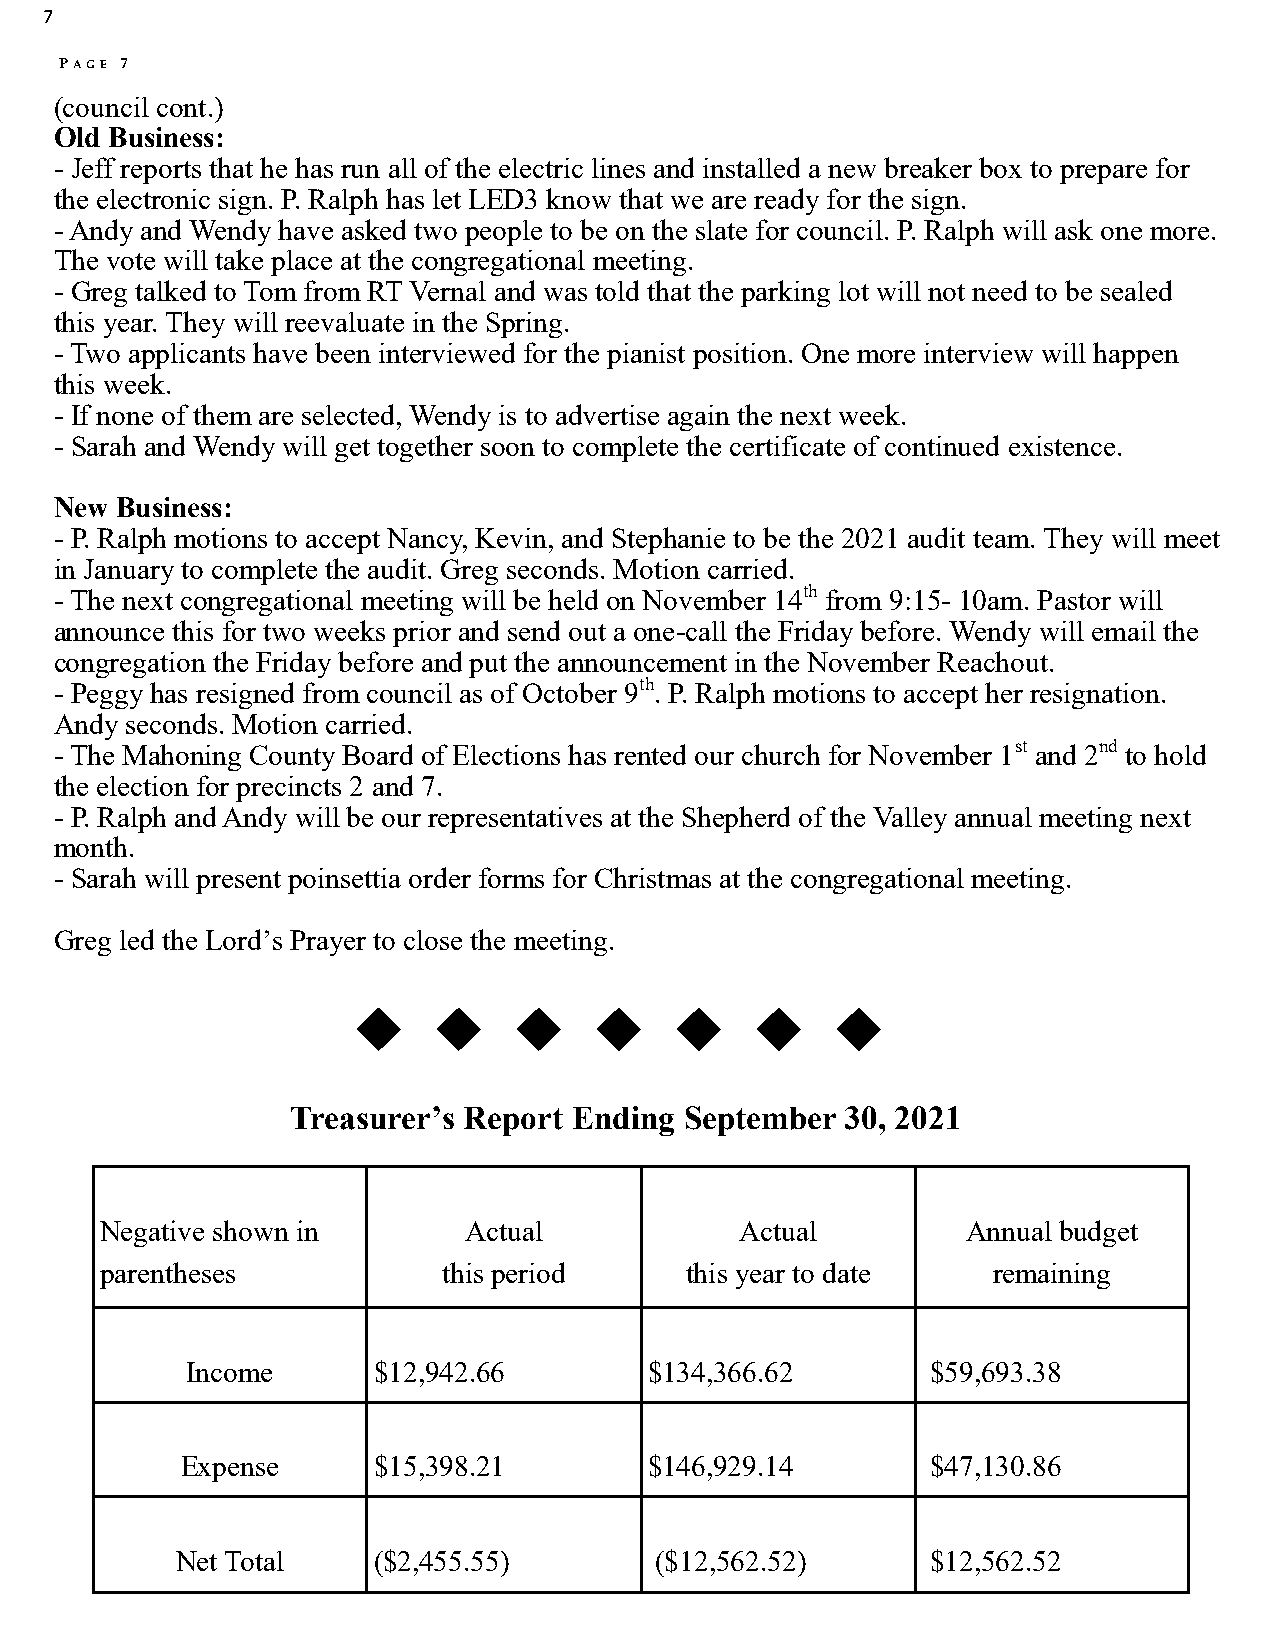
7
 PAGE 7
 (council cont.)
 Old Business:
 - Jeff reports that he has run all of the electric lines and installed a new breaker box to prepare for
 the electronic sign. P. Ralph has let LED3 know that we are ready for the sign.
 - Andy and Wendy have asked two people to be on the slate for council. P. Ralph will ask one more.
 The vote will take place at the congregational meeting.
 - Greg talked to Tom from RT Vernal and was told that the parking lot will not need to be sealed
 this year. They will reevaluate in the Spring.
 - Two applicants have been interviewed for the pianist position. One more interview will happen
 this week.
 - If none of them are selected, Wendy is to advertise again the next week.
 - Sarah and Wendy will get together soon to complete the certificate of continued existence.
 New Business:
 - P. Ralph motions to accept Nancy, Kevin, and Stephanie to be the 2021 audit team. They will meet
 in January to complete the audit. Greg seconds. Motion carried.
 - The next congregational meeting will be held on November 14th from 9:15- 10am. Pastor will
 announce this for two weeks prior and send out a one-call the Friday before. Wendy will email the
 congregation the Friday before and put the announcement in the November Reachout.
 - Peggy has resigned from council as of October 9th. P. Ralph motions to accept her resignation.
 Andy seconds. Motion carried.
 - The Mahoning County Board of Elections has rented our church for November 1st and 2nd to hold
 the election for precincts 2 and 7.
 - P. Ralph and Andy will be our representatives at the Shepherd of the Valley annual meeting next
 month.
 - Sarah will present poinsettia order forms for Christmas at the congregational meeting.
 Greg led the Lord’s Prayer to close the meeting.
 Treasurer’s Report Ending September  30, 2021
 Negative shown in       Actual            Actual         Annual budget
 parentheses           this period     this year to date    remaining
 Income       $12,942.66        $134,366.62        $59,693.38
 Expense      $15,398.21        $146,929.14        $47,130.86
 Net Total    ($2,455.55)       ($12,562.52)       $12,562.52